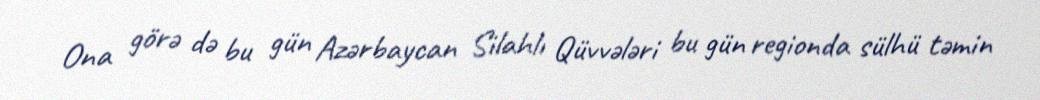
Ona görə də bu gün Azərbaycan Silahlı Qüvvələri bu gün regionda sülhü təmin